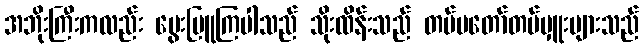
အဘိုးကြီးကလည်း မွေးမြူကြပါသည် သိုးထိန်းသည် တပ်မတော်တပ်မှူးများသည်